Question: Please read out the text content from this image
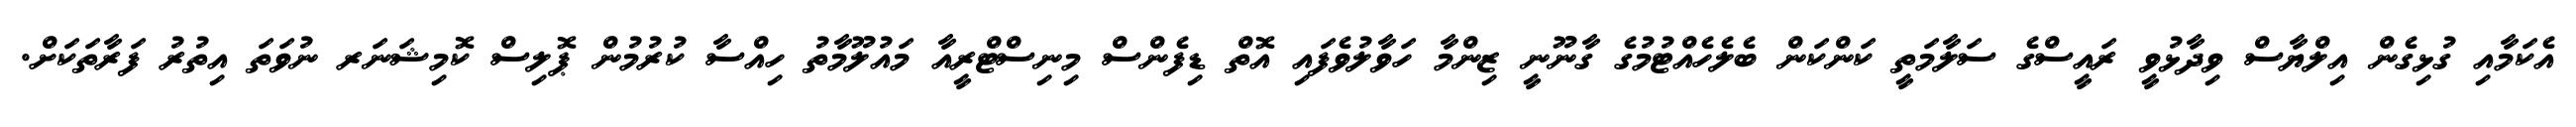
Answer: އެކަމާއި ގުޅިގެން އިލްޔާސް ވިދާޅުވީ ރައީސްގެ ސަލާމަތީ ކަންކަން ބެލެހެއްޓުމުގެ ގާނޫނީ ޒިންމާ ހަވާލުވެފައި އޮތް ޑިފެންސް މިނިސްޓްރީއާ މައުލޫމާތު ހިއްސާ ކުރުމުން ޕޮލިސް ކޮމިޝަނަރ ނުވަތަ އިތުރު ފަރާތަކަށް.